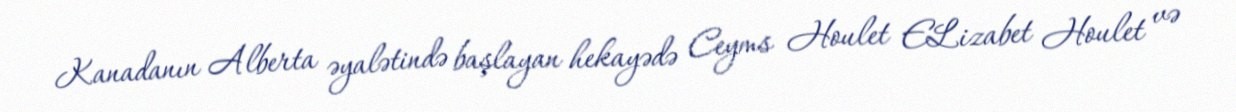
Kanadanın Alberta əyalətində başlayan hekayədə Ceyms Houlet ELizabet Houlet və